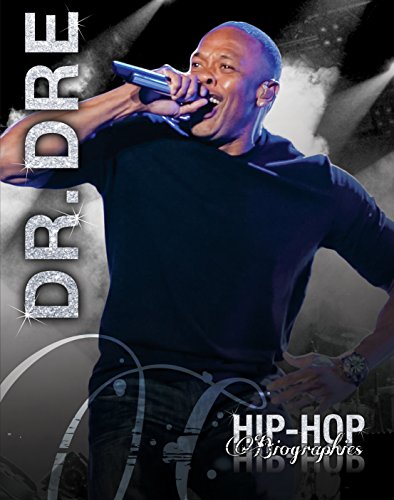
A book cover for Dr. Dre (Hip-Hop Biographies); Saddleback Educational Publishing; Teen & Young Adult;